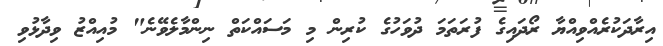
އިރާދަކުރެއްވިއްޔާ ރޯދައިގެ ފުރަތަމަ ދުވަހުގެ ކުރިން މި މަސައްކަތް ނިންމާލެވޭނެ" މުއިއްޒު ވިދާޅުވި